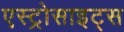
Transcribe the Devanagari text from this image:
एस्ट्रोसाइट्स